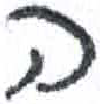
אות: ה